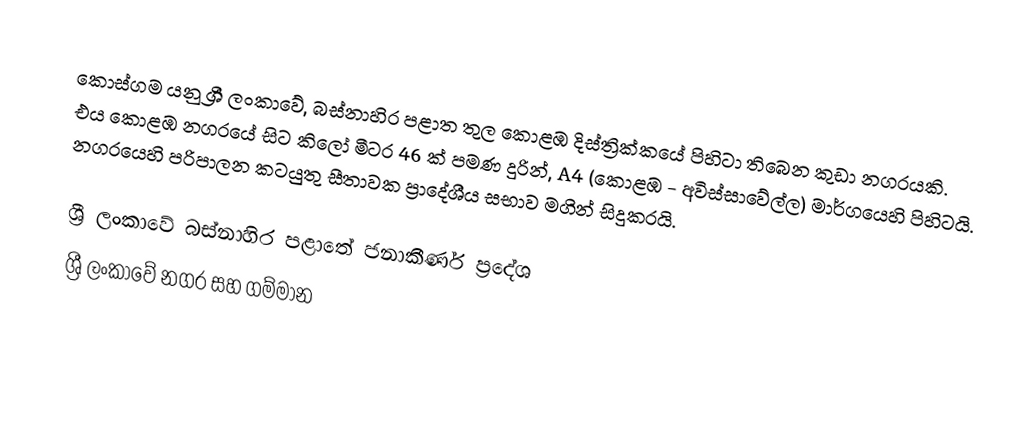
කොස්ගම යනු ශ්‍රී ලංකාවේ, බස්නාහිර පළාත තුල කොළඹ දිස්ත්‍රික්කයේ පිහිටා තිබෙන කුඩා නගරයකි. එය කොළඹ නගරයේ සිට කිලෝ මීටර 46 ක් පමණ දුරින්, A4 (කොළඹ - අවිස්සාවේල්ල) මාර්ගයෙහි පිහිටයි. නගරයෙහි පරිපාලන කටයුතු  සීතාවක ප්‍රාදේශීය සභාව මගින් සිදුකරයි.

ශ්‍රී ලංකාවේ බස්නාහිර පළාතේ ජනාකීර්ණ ප්‍රදේශ
ශ්‍රී ලංකාවේ නගර සහ ගම්මාන